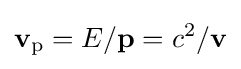
\mathbf {v} _{\mathrm {p} }=E/\mathbf {p} =c^{2}/\mathbf {v}